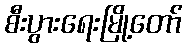
စီးပွားရေးမြို့တော်